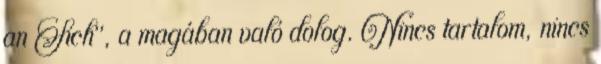
an Sich", a magában való dolog. Nincs tartalom, nincs